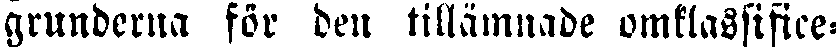
grunderna för den tillämnade omklassifice-